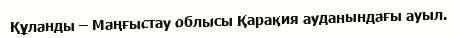
Құланды – Маңғыстау облысы Қарақия ауданындағы ауыл.